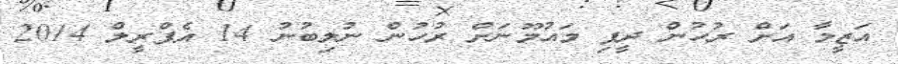
އަޒީމާ އަށް ރުހުން ދީފި މައުމޫނަށް ރުހުން ނުލިބުނު 14 އެޕްރީލް 2014